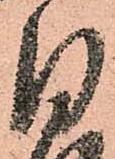
月